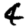
Digit: 4